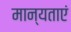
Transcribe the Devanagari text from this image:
मान्‍यताएं